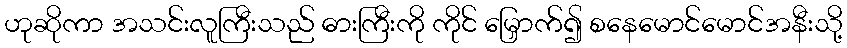
ဟုဆိုကာ အသင်းလူကြီးသည် ဓားကြီးကို ကိုင် မြှောက်၍ စနေမောင်မောင်အနီးသို့